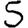
Digit: 5